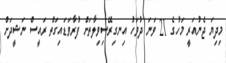
މިދިޔަ ޖެނުއަރީ މަހުގެ 21 ވަނަ ދުވަހު އިނގިރޭސިވިލާތަށް ފުރާވަޑައިގަތް ރައީސް ނަޝީދަށް